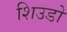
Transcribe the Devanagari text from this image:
शिउडो